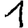
Digit: 1